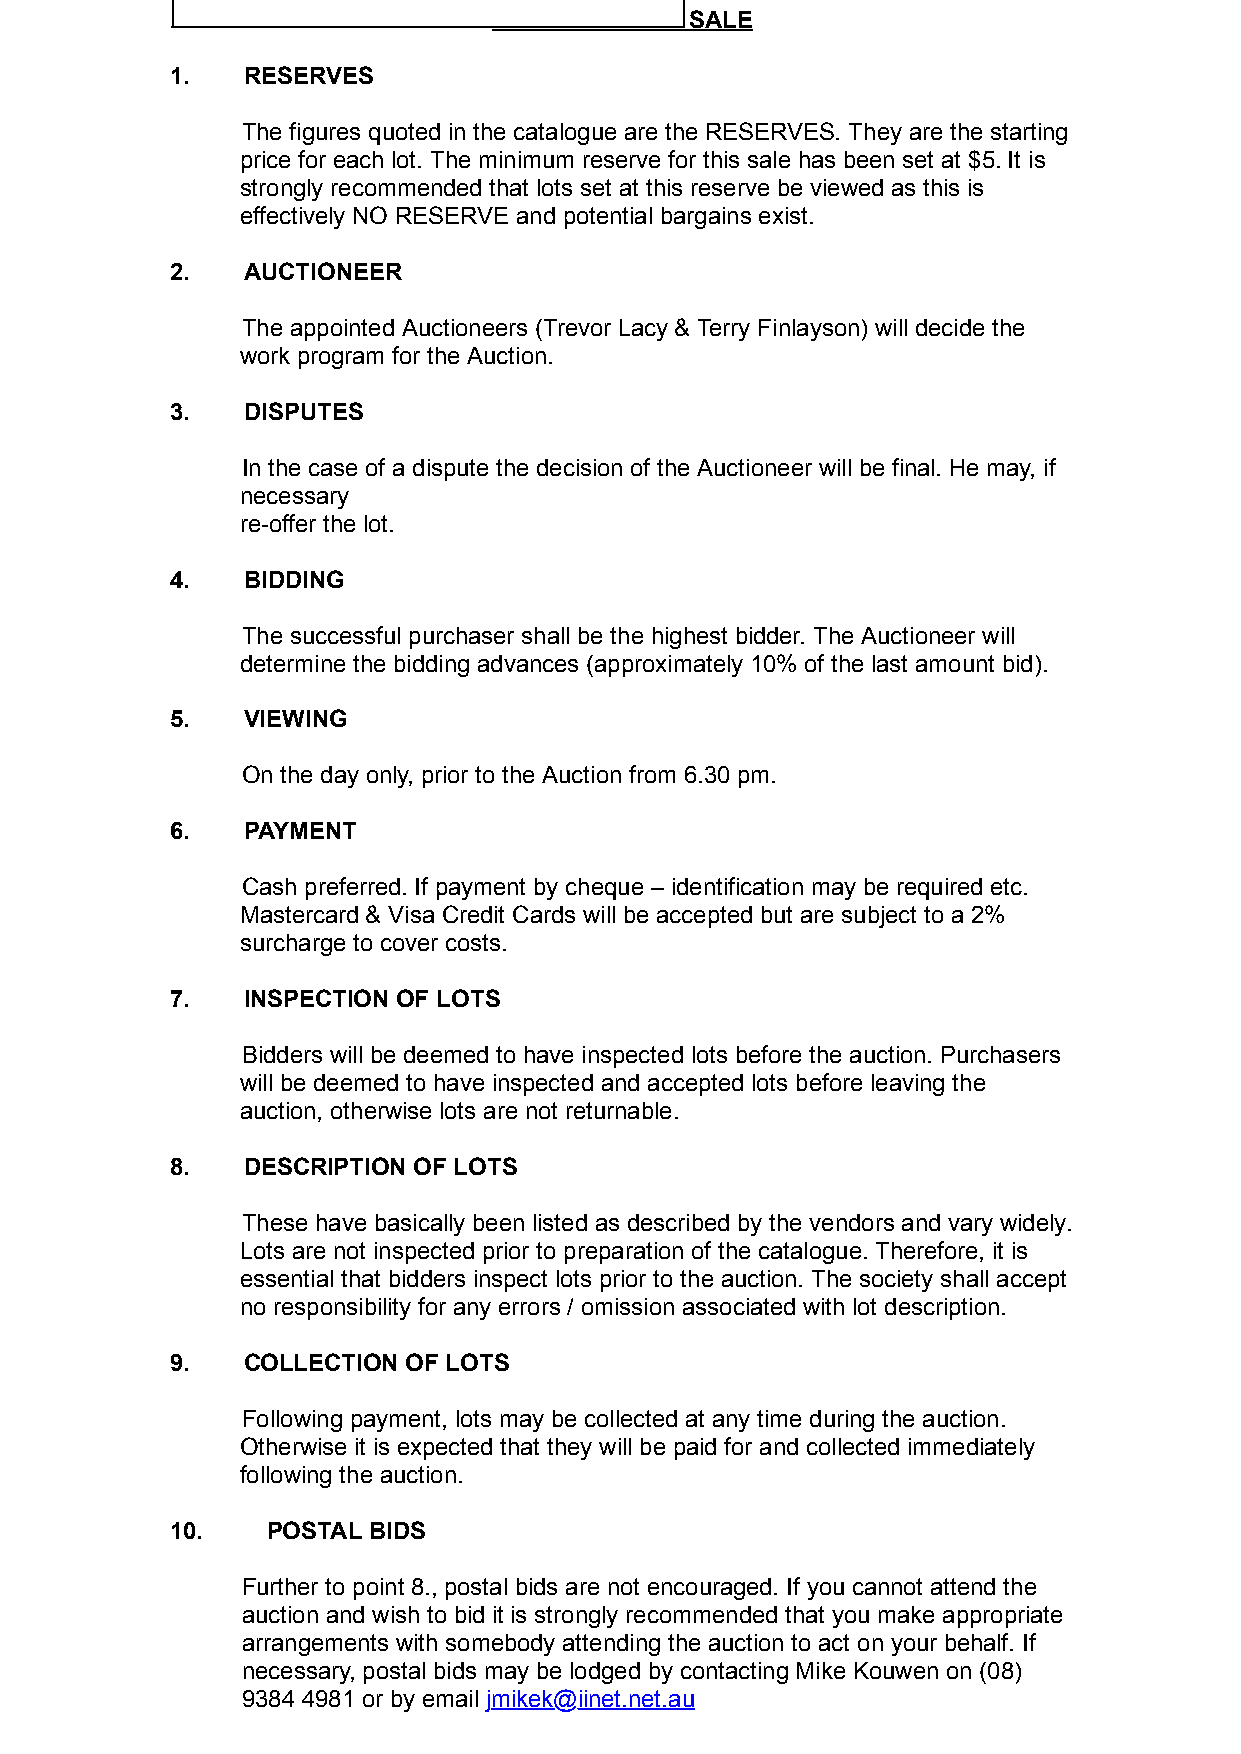
CONDITIONS OF SALE
 1.   ​RESERVES
 ​The figures quoted in the catalogue are the RESERVES. They are the starting
 price for each lot. The minimum reserve for this sale has been set at $5. It is
 strongly recommended that lots set at this reserve be viewed as this is
 effectively NO RESERVE and potential bargains exist.
 2.   ​AUCTIONEER
 ​The appointed Auctioneers (Trevor Lacy & Terry Finlayson) will decide the
 work program for the Auction.
 3.   ​DISPUTES
 ​In the case of a dispute the decision of the Auctioneer will be final. He may, if
 necessary
 re-offer the lot.
 4.   ​BIDDING
 ​The successful purchaser shall be the highest bidder. The Auctioneer will
 determine the bidding advances (approximately 10% of the last amount bid).
 5.   ​VIEWING
 ​On the day only, prior to the Auction from 6.30 pm.
 6.   ​PAYMENT
 ​Cash preferred. If payment by cheque – identification may be required etc.
 Mastercard & Visa Credit Cards will be accepted but are subject to a 2%
 surcharge to cover costs.
 7.   ​INSPECTION OF LOTS
 ​Bidders will be deemed to have inspected lots before the auction. Purchasers
 will be deemed to have inspected and accepted lots before leaving the
 auction, otherwise lots are not returnable.
 8.   ​DESCRIPTION OF LOTS
 ​These have basically been listed as described by the vendors and vary widely.
 Lots are not inspected prior to preparation of the catalogue. Therefore, it is
 essential that bidders inspect lots prior to the auction. The society shall accept
 no responsibility for any errors / omission associated with lot description.
 9.   ​COLLECTION OF LOTS
 ​Following payment, lots may be collected at any time during the auction.
 Otherwise it is expected that they will be paid for and collected immediately
 following the auction.
 10.    ​POSTAL BIDS
 Further to point 8., postal bids are not encouraged. If you cannot attend the
 auction and wish to bid it is strongly recommended that you make appropriate
 arrangements with somebody attending the auction to act on your behalf. If
 necessary, postal bids may be lodged by contacting Mike Kouwen on (08)
 9384 4981 or by email jmikek@iinet.net.au
 ​